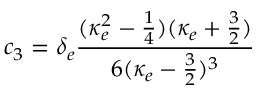
c _ { 3 } = \delta _ { e } \frac { ( \kappa _ { e } ^ { 2 } - \frac { 1 } { 4 } ) ( \kappa _ { e } + \frac { 3 } { 2 } ) } { 6 ( \kappa _ { e } - \frac { 3 } { 2 } ) ^ { 3 } }